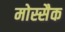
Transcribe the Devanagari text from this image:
मोस्सैक